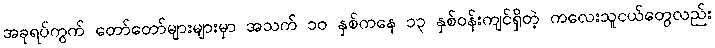
အခုရပ်ကွက် တော်တော်များများမှာ အသက် ၁၀ နှစ်ကနေ ၁၃ နှစ်ဝန်းကျင်ရှိတဲ့ ကလေးသူငယ်တွေလည်း